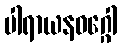
ပါရာယနဝဂ္ဂေါ